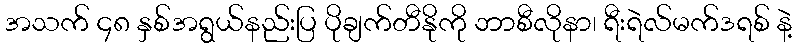
အသက် ၄၈ နှစ်အရွယ်နည်းပြ ပိုချက်တီနိုကို ဘာစီလိုနာ၊ ရီးရဲလ်မက်ဒရစ် နဲ့